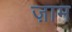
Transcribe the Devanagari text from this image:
ज़ाम